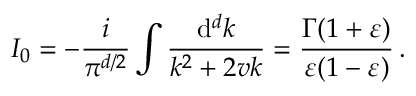
I _ { 0 } = - \frac { i } { \pi ^ { d / 2 } } \int \frac { \mathrm { d } ^ { d } k } { k ^ { 2 } + 2 v k } = \frac { \Gamma ( 1 + \varepsilon ) } { \varepsilon ( 1 - \varepsilon ) } \, .